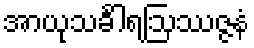
အာယုသင်္ခါရဩဿဇ္ဇနံ